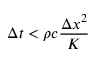
\Delta t < \rho c { \frac { \Delta x ^ { 2 } } { K } }